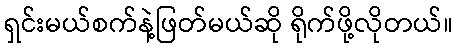
ရှင်းမယ်စက်နဲ့ဖြတ်မယ်ဆို ရိုက်ဖို့လိုတယ်။